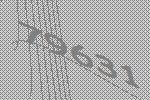
79631